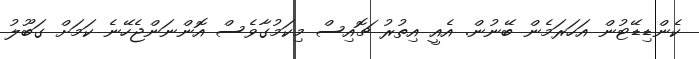
ކެންޑިޑޭޓުން އަހަރަމެން ބޭނުން. އެއީ އިތުރު ޗޮއިސް މިކަމުގާވެސް އޮންނަންޖެހޭނެ ކަމަށް ގަބޫލު